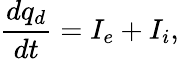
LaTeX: \frac{dq_{d}}{dt}=I_{e}+I_{i},